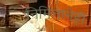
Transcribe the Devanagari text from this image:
निमित्तानेही